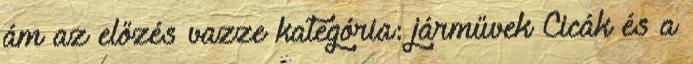
ám az előzés vazze kategória: járművek Cicák és a